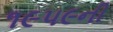
૧૯૫૯ની